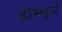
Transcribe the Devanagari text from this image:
हॉस्चुले